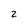
Character: 2